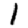
Digit: 1